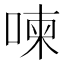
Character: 𠷬